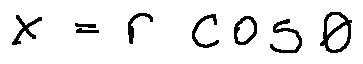
x = r \cos \theta